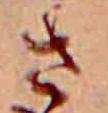
さ